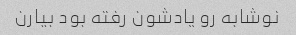
نوشابه رو یادشون رفته بود بیارن